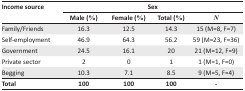
<table><thead><tr><td rowspan="2"><b>Income source</b></td><td colspan="4"><b>Sex</b></td></tr><tr><td><b>Male (%)</b></td><td><b>Female (%)</b></td><td><b>Total (%)</b></td><td><b><i>N</i></b></td></tr></thead><tbody><tr><td>Family/Friends</td><td>16.3</td><td>12.5</td><td>14.3</td><td>15 (M=8, F=7)</td></tr><tr><td>Self-employment</td><td>46.9</td><td>64.3</td><td>56.2</td><td>59 (M=23, F=36)</td></tr><tr><td>Government</td><td>24.5</td><td>16.1</td><td>20</td><td>21 (M=12, F=9)</td></tr><tr><td>Private sector</td><td>2</td><td>0</td><td>1</td><td>1 (M=1, F=0)</td></tr><tr><td>Begging</td><td>10.3</td><td>7.1</td><td>8.5</td><td>9 (M=5, F=4)</td></tr><tr><td>Total</td><td>100</td><td>100</td><td>100</td><td>-</td></tr></tbody></table>